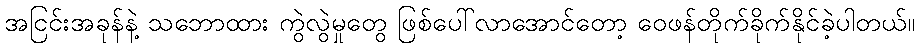
အငြင်းအခုန်နဲ့ သဘောထား ကွဲလွဲမှုတွေ ဖြစ်ပေါ်လာအောင်တော့ ဝေဖန်တိုက်ခိုက်နိုင်ခဲ့ပါတယ်။